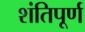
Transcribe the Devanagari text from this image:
शंतिपूर्ण